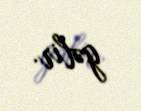
gəlir.